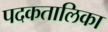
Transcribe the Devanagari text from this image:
पदकतालिका